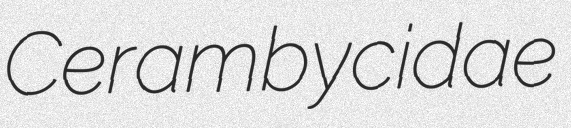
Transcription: Cerambycidae